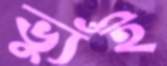
ভ্যুঁই